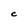
Character: C